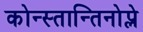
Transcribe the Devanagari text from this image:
कोन्स्तान्तिनोप्ले